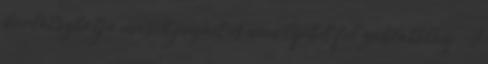
korlátozhatja mások jogait és nem léphet fel zaklatólag. A